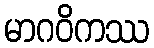
မာဂဝိကဿ